Report on lock hospitals in British Burma
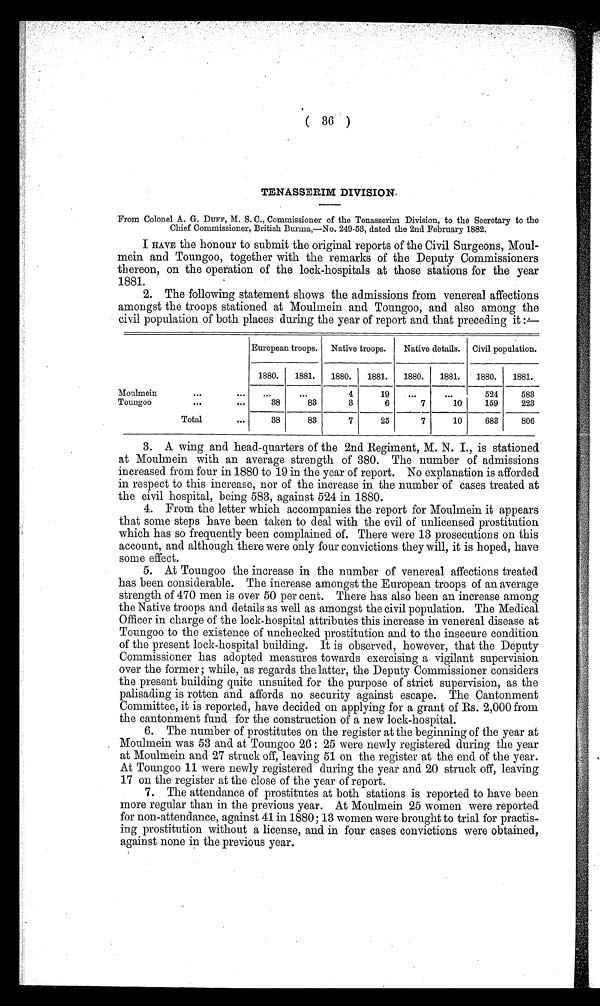
( 36 )
TENASSERIM DIVISION.
From Colonel A. G. DUFF, M. S. C., Commissioner of the Tenasserim Division, to the Secretary to the
Chief Commissioner, British Burma,—No. 249-53, dated the 2nd February 1882.
I HAVE the honour to submit the original reports of the Civil Surgeons, Moul-
mein and Toungoo, together with the remarks of the Deputy Commissioners
thereon, on the operation of the lock-hospitals at those stations for the year
1881.
2. The following statement shows the admissions from venereal affections
amongst the troops stationed at Moulmein and Toungoo, and also among the
civil population of both places during the year of report and that preceding it
European troops.
Native troops.
Native details.
Civil population.
1880.
1881.
1880.
1881.
1880.
1881.
1880.
1881.
Moulmein
. . .
. . .
. . .
...
4
19
...
. . .
524
583
Toungoo
. . .
. . .
38
83
3
6
7
10
159
223
Total
. . .
38
83
7
25
7
10
683
806
3. A wing and head-quarters of the 2nd Regiment, M. N. I., is stationed
at Moulmein with an average strength of 380. The number of admissions
increased from four in 1880 to 19 in the year of report. No explanation is afforded
in respect to this increase, nor of the increase in the number of cases treated at
the civil hospital, being 583, against 524 in 1880.
4. From the letter which accompanies the report for Moulmein it appears
that some steps have been taken to deal with the evil of unlicensed prostitution
which has so frequently been complained of. There were 13 prosecutions on this
account, and although there were only four convictions they will, it is hoped, have
some effect.
5. At Toungoo the increase in the number of venereal affections treated
has been considerable. The increase amongst the European troops of an average
strength of 470 men is over 50 per cent. There has also been an increase among
the Native troops and details as well as amongst the civil population. The Medical
Officer in charge of the lock-hospital attributes this increase in venereal disease at
Toungoo to the existence of unchecked prostitution and to the insecure condition
of the present lock-hospital building. It is observed, however, that the Deputy
Commissioner has adopted measures towards exercising a vigilant supervision.
over the former; while, as regards the latter, the Deputy Commissioner considers
the present building quite unsuited for the purpose of strict supervision, as the
palisading is rotten and affords no security against escape. The Cantonment
Committee, it is reported, have decided on applying for a grant of Rs. 2,000 from
the cantonment fund for the construction of a new lock-hospital.
6. The number of prostitutes on the register at the beginning of the year at
. Moulmein was 53 and at Toungoo 26 : 25 were newly registered during the year
at Moulmein and 27 struck off, leaving 51 on the register at the end of the year.
At Toungoo 11 were newly registered during the year and 20 struck off, leaving
17 on the register at the close of the year of report.
7. The attendance of prostitutes at both stations is reported to have been.
more regular than in the previous year. At Moulmein 25 women were reported
for non-attendance, against 41 in 1880; 13 women were brought to trial for practis-
ing prostitution without a license, and in four cases convictions were obtained,
against none in the previous year.